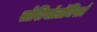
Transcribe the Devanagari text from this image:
सोशियॉलॉजिस्टों